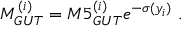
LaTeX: M _ { G U T } ^ { ( i ) } = M 5 _ { G U T } ^ { ( i ) } e ^ { - \sigma ( y _ { i } ) } ~ . ~ \,